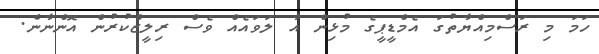
ހަމަ މި ރަސްމިއްޔާތުގަ އެމްޑީޕީގެ މުޅިން އާ ލަވައެއް ވެސް ރިލީޒްކުރުން އޮންނާނެ.